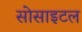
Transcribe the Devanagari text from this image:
सोसाइटल